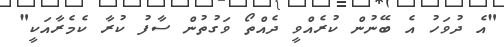
"އެ ދުވަހު އެ ބޭނުން ކުރެއްވީ ދެއްތޯ ވަގުތުން ސާފު ކުރާ ކެމެރާއަކީ"